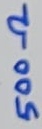
Text: 500Ω